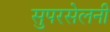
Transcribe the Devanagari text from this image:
सुपरसेलनी